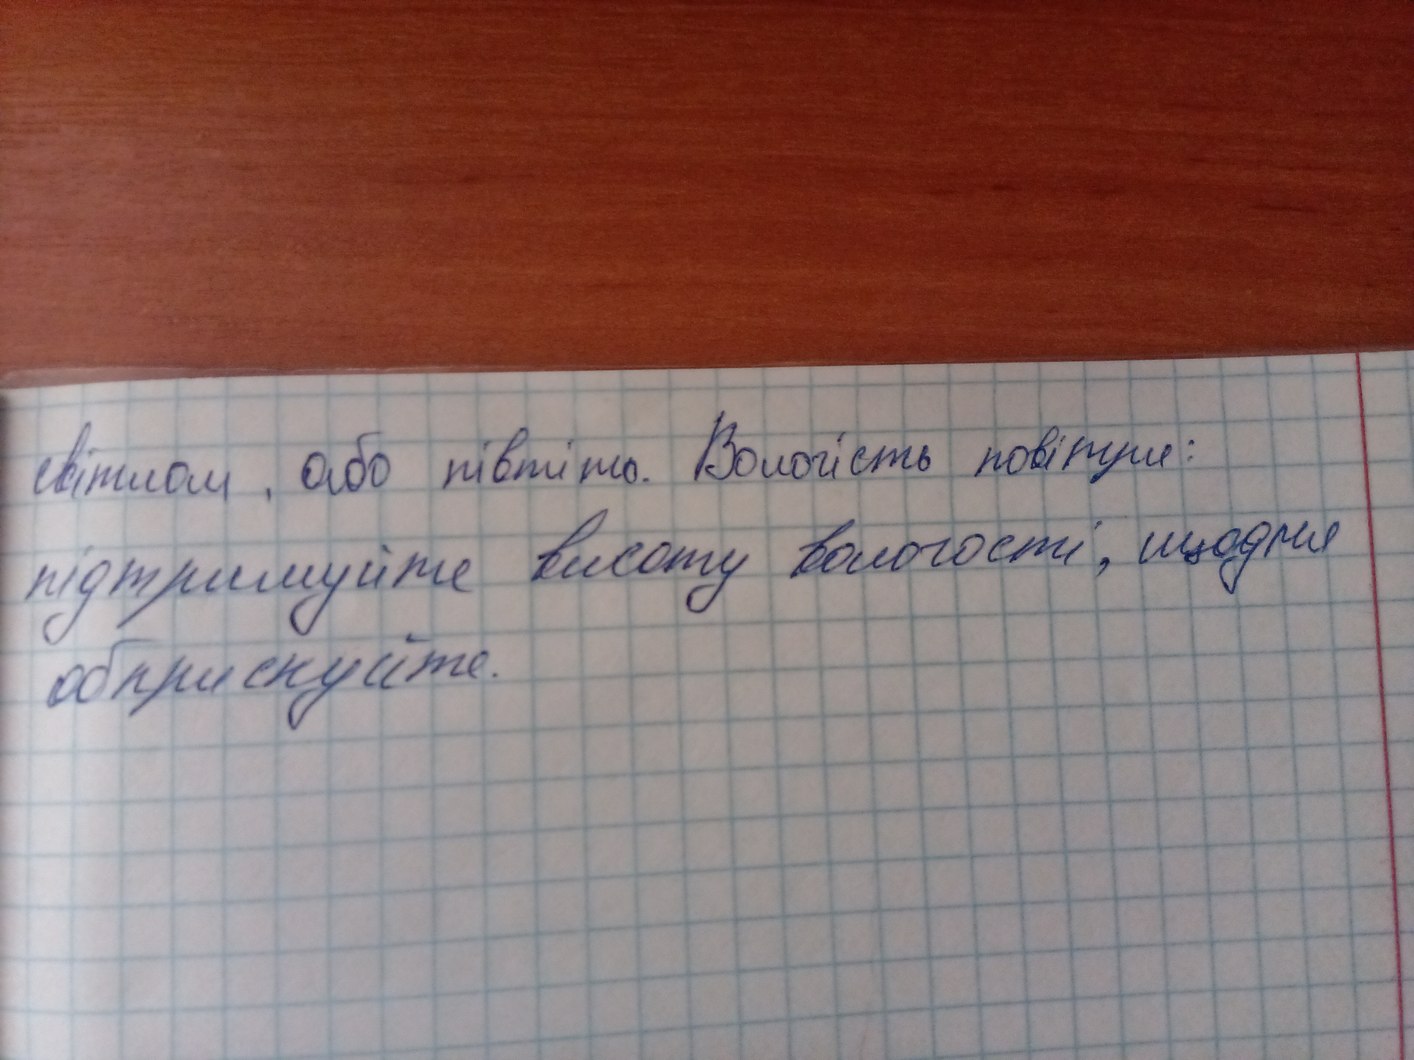
світлом, або півтіню. Вологість повітря:
підтримуйте висоту вологості, щодня
обприскуйте.